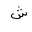
Letter: _shin